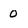
Character: 0